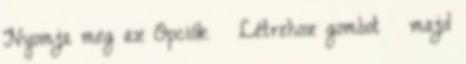
Nyomja meg az Opciók → Létrehoz gombot → majd